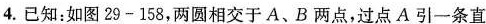
4.已知：如图29-158，两圆相交于A、B两点，过点A引一条直